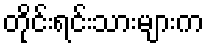
တိုင်းရင်းသားများက